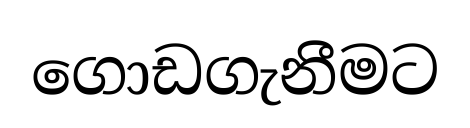
ගොඩගැනීමට